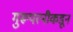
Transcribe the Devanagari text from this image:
गुरूपत्‍नीकडून